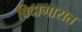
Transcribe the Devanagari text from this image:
विदागारात